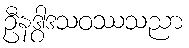
ဦနဒွါဒသဝဿသညာ